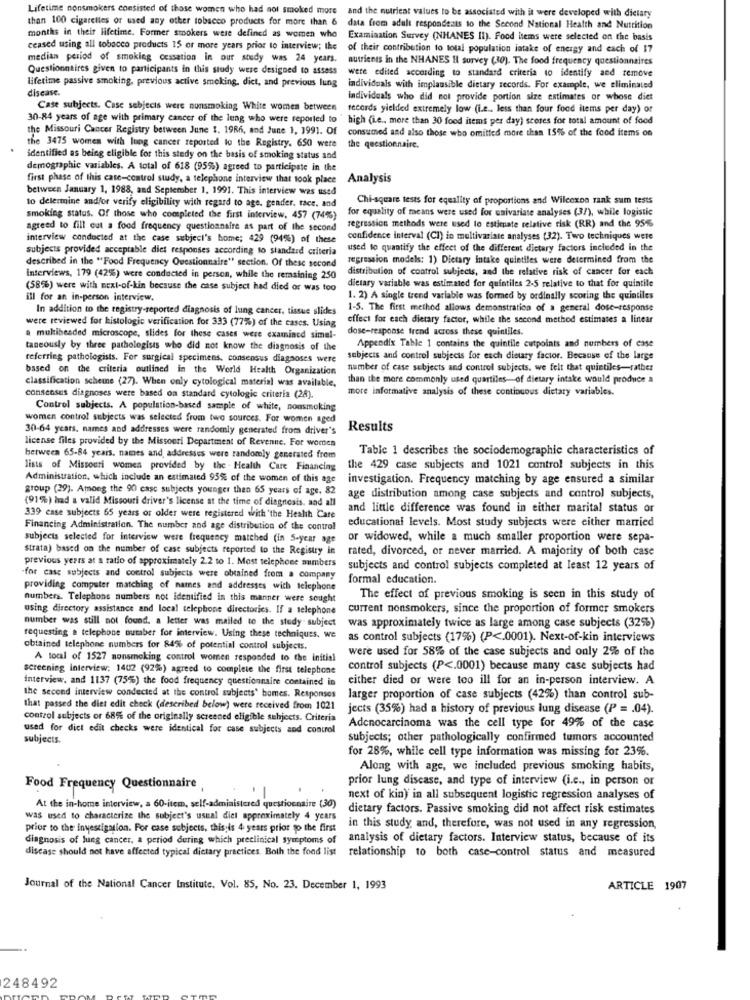
Lifetime nonsmokers consisted of those women who had not smoked more
and the nutrient values to be associated with it were developed with dietary
than 100 cigarettes or used any other tobacco products for more than 6 data from adult respondeats to the Second National Health and Nutrition
months in their lifetime. Former smokers were defined as women who Examination Survey (NHANES Il). Food items were selected on the basis
ceased using all tobacco products 15 or more years prior to interview; the
of their contribution to total population intake of energy and each of 17
median period of smoking cessation in our study was 24 years. nutrients in the NHANES Il survey (30). The food frequency questionnaires
Questionnaires given to participants in this study were designed to assess
lifetime passive smoking, previous active smeking, dict, and previous lung
were edited according to standard criteria to identify and remove
disease.
individuals with implausible dietary records. For example, we eliminated
individuals who did not provide portion size estimates or whose diet
Case subjects. Case subjects were nunsmoking White women between
records yielded extremely low (i.e .. less than four food items per day) or
30-84 years of age with primary cancer of the lung who were reported to ' high (ie .. more than 30 food items per day) scores for total amount of food
the Missouri Cancer Registry between June 1. 1986, and June 1, 1991. Of
consumed and also those who omitted more than 15% of the food items on
the 3475 women with lung cancer reported to the Registry. 650 were the questionnaire.
identified as being eligible for this study on the basis of smoking status and
demographic variables. A total of 618 (95%) agreed to participate in the
first phase of this case-control study, a telephone interview that took place
Analysis
between January 1, 1988, and September 1, 1991. This interview was used
Chi-square tests for equality of proportions and Wilcoxon rank sum tests
to delermine and/or verify eligibility with regard to age, gender, face. and
for equality of means were used for univariate analyses (37), while logistic
smoking status. Of those who completed the first interview, 457 (74%)
agreed to fill out a food frequency questionnaire as part of the second
regression methods were used to estimate relative risk (RR) and the 956
interview conducted at the case subject's home; 429 (94%) of these
confidence interval (CI) in multivariate analyses (32). Two techniques wete
subjects provided acceptable diet responses according to standard criteria
used to quantify the effect of the different dietary factors included in the
described in the "Food Frequency Questionnaire" section. Of these second
regression models: 1) Dietary intake quintiles were determined from the
distribution of control subjects, and the relative risk of cancer for each
interviews, 179 (42%) were conducted in person, while the remaining 250
(58%) were with mext-of-kin because the case subject had died or was too
dietary variable was estimated for quintiles 2-5 relative to that for quintile
ill for an in-person interview.
1. 2) A single trend variable was formed by ordinally scoring the quintiles
In addition to the registry-reported diagnosis of lung cancer, tissue slides
1-5. The first method allows demonstration of a general dose-response
were reviewed for histologic verification for 333 (77%) of the cases. Using
effect for each dietary factor, while the second method estimates a linear
dose-response trend across these quintiles.
a multibeaded microscope, slides for these cases were examined simel-
taneously by three pathologists who did not know the diagnosis of the
Appendix Table 1 contains the quintile cutpoints and numbers of case
referring pathologists. For surgical specimens, consensus diagnoses were
subjects and control subjects for each dietary factor. Because of the large
based on the criteria outlined in the World Health Organization
number of case subjects and control subjects, we felt that quintiles-rather
than the more commonly used quartiles-of dietary intake would produce a
classification scheme (27). When only cytological material was available,
more informative analysis of these continuous dietary variables.
consensus diagnoses were based on standard cytologie criteria (28).
Control subjects. A population-based sample of white, nonsmoking
women control subjects was selected from two sources. For women aged
30-64 years, names and addresses were randomly generated from driver's
Results
license files provided by the Missouri Department of Revenue. For women
Table 1 describes the sociodemographic characteristics of
between 65-84 years. names and, addresses were randomly generated from
lists of Missouri women provided by the - Health Care Financing
the 429 case subjects and 1021 control subjects in this
Administration, which include an estimated 93% of the women of this age
investigation. Frequency matching by age ensured a similar
group (29). Among the 90 casc subjects younger than 65 years of age, 82
(91%) had a valid Missouri driver's license at the time of diagnosis, and all
age distribution among case subjects and control subjects,
and little difference was found in either marital status or
339 case subjects 65 years or older were registered with the Health Care
educational levels. Most study subjects were either married
Financing Administration. The number and age distribution of the control
subjects selected for interview were frequency matched (in S-year age
or widowed, while a much smaller proportion were sepa-
strata) based on the number of case subjects reported to the Registry in
rated, divorced, or never married. A majority of both case
previous years at a ratio of approximately 2.2 to 1. Most telephone numbers
subjects and control subjects completed at least 12 years of
for case subjects and control subjects were obtained from a company
formal education.
providing computer matching of names and addresses wich telephone
numbers. Telephone numbers not identified in this manner were sought
The effect of previous smoking is seen in this study of
using directory assistance and local telephone directories. If a telephone
current nonsmokers, since the proportion of former smokers
number was still not found. a letter was mailed to the study subject
was approximately twice as large among case subjects (32%)
requesting a telephone outaber for interview. Using these techniques. we
as control subjects (17%) (P <. 0001). Next-of-kin interviews
obtained telephone numbers for 84% of potential control subjects.
were used for 58% of the case subjects and only 2% of the
A total of 1527 nonsmoking control women responded to the initial
screening interview: 1402 (92%) agreed to complete the first telephone
control subjects (P <. 0001) because many case subjects had
interview. and 1137 (75%) the food frequency questionnaire contained in
either died or were too ill for an in-person interview. A
the second interview condected at the control subjects" bomes. Responses
larger proportion of case subjects (42%) than control sub-
that passed the diet edit check (described below) were received from 1021
jects (35%) had a history of previous lung disease (P = . 04).
control subjects or 685% of the originally screened eligible subjects. Criteria
used for dict edit checks were identical for case subjects and control
Adenocarcinoma was the cell type for 49% of the case
subjects.
subjects; other pathologically confirmed tumors accounted
for 28%, while cell type information was missing for 23%.
Along with age, we included previous smoking habits,
prior lung disease, and type of interview (i.c ., in person or
Food Frequency Questionnaire
next of kin) in all subsequent logistic regression analyses of
At the in-home interview, a 60-item, self-administered questionnaire (30)
dietary factors. Passive smoking did not affect risk estimates
was used to characterize the subject's usual diel approximately 4 years
prior to the investigation. For case subjects, this is 4 years prior to the first
in this study and, therefore, was not used in any regression,
diagnosis of lung cancer, a period during which preclinical symptoms of
analysis of dietary factors. Interview status, because of its
discase should not have affected typical dietary practices. Both the fond list relationship to both case-control status and measured
Journal of the National Cancer Institute. Vol. 85, No. 23. December 1, 1993
ARTICLE 1907
248492